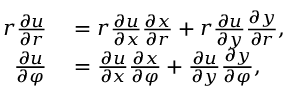
\begin{array} { r l } { r { \frac { \partial u } { \partial r } } } & { { } = r { \frac { \partial u } { \partial x } } { \frac { \partial x } { \partial r } } + r { \frac { \partial u } { \partial y } } { \frac { \partial y } { \partial r } } , } \\ { { \frac { \partial u } { \partial \varphi } } } & { { } = { \frac { \partial u } { \partial x } } { \frac { \partial x } { \partial \varphi } } + { \frac { \partial u } { \partial y } } { \frac { \partial y } { \partial \varphi } } , } \end{array}